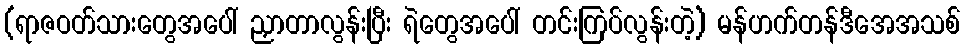
(ရာဇဝတ်သားတွေအပေါ် ညှာတာလွန်းပြီး ရဲတွေအပေါ် တင်းကြပ်လွန်းတဲ့) မန်ဟက်တန်ဒီအေအသစ်